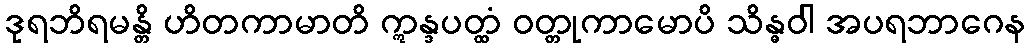
ဒုရဘိရမန္တိ ဟိတကာမာတိ ဣန္ဒပတ္ထံ ဝတ္တုကာမောပိ သိန္ဓဝါ အပရဘာဂေန